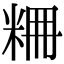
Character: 𥹤